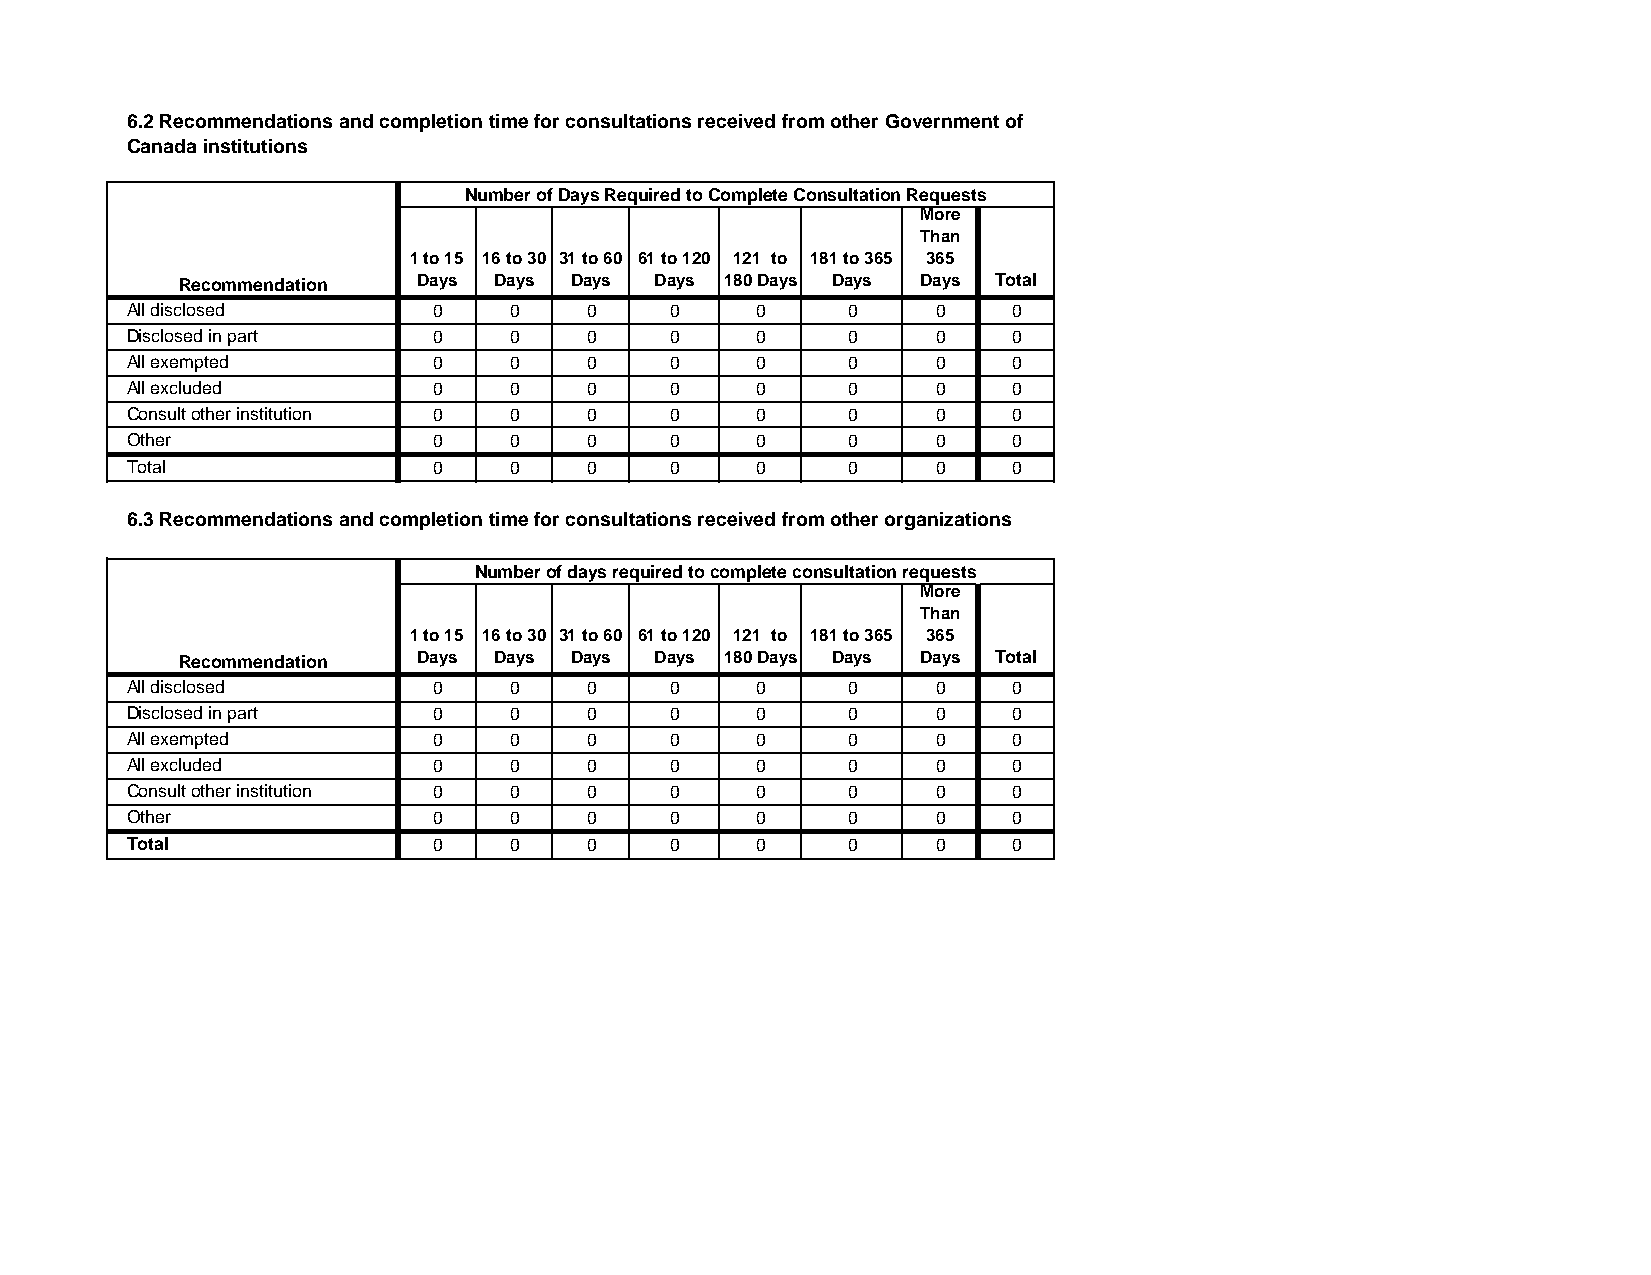
6.2 Recommendations and completion time for consultations received from other Government of
 Canada institutions
 Number of Days Required to Complete Consultation Requests
 More
 Than
 1 to 15 16 to 30 31 to 60 61 to 120 121 to 181 to 365 365
 Recommendation  Days Days Days Days 180 Days Days Days Total
 All disclosed        0    0    0    0     0     0     0    0
 Disclosed in part    0    0    0    0     0     0     0    0
 All exempted         0    0    0    0     0     0     0    0
 All excluded         0    0    0    0     0     0     0    0
 Consult other institution 0 0  0    0     0     0     0    0
 Other                0    0    0    0     0     0     0    0
 Total                0    0    0    0     0     0     0    0
 6.3 Recommendations and completion time for consultations received from other organizations
 Number of days required to complete consultation requests
 More
 Than
 1 to 15 16 to 30 31 to 60 61 to 120 121 to 181 to 365 365
 Recommendation  Days Days Days Days 180 Days Days Days Total
 All disclosed        0    0    0    0     0     0     0    0
 Disclosed in part    0    0    0    0     0     0     0    0
 All exempted         0    0    0    0     0     0     0    0
 All excluded         0    0    0    0     0     0     0    0
 Consult other institution 0 0  0    0     0     0     0    0
 Other                0    0    0    0     0     0     0    0
 Total                0    0    0    0     0     0     0    0